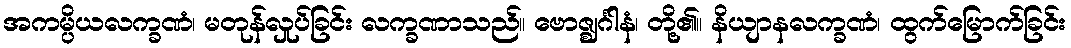
အကမ္ပိယလက္ခဏံ၊ မတုန်လှုပ်ခြင်း လက္ခဏာသည်။ ဗောဇ္ဈင်္ဂါနံ၊ တို့၏။ နိယျာနလက္ခဏံ၊ ထွက်မြောက်ခြင်း